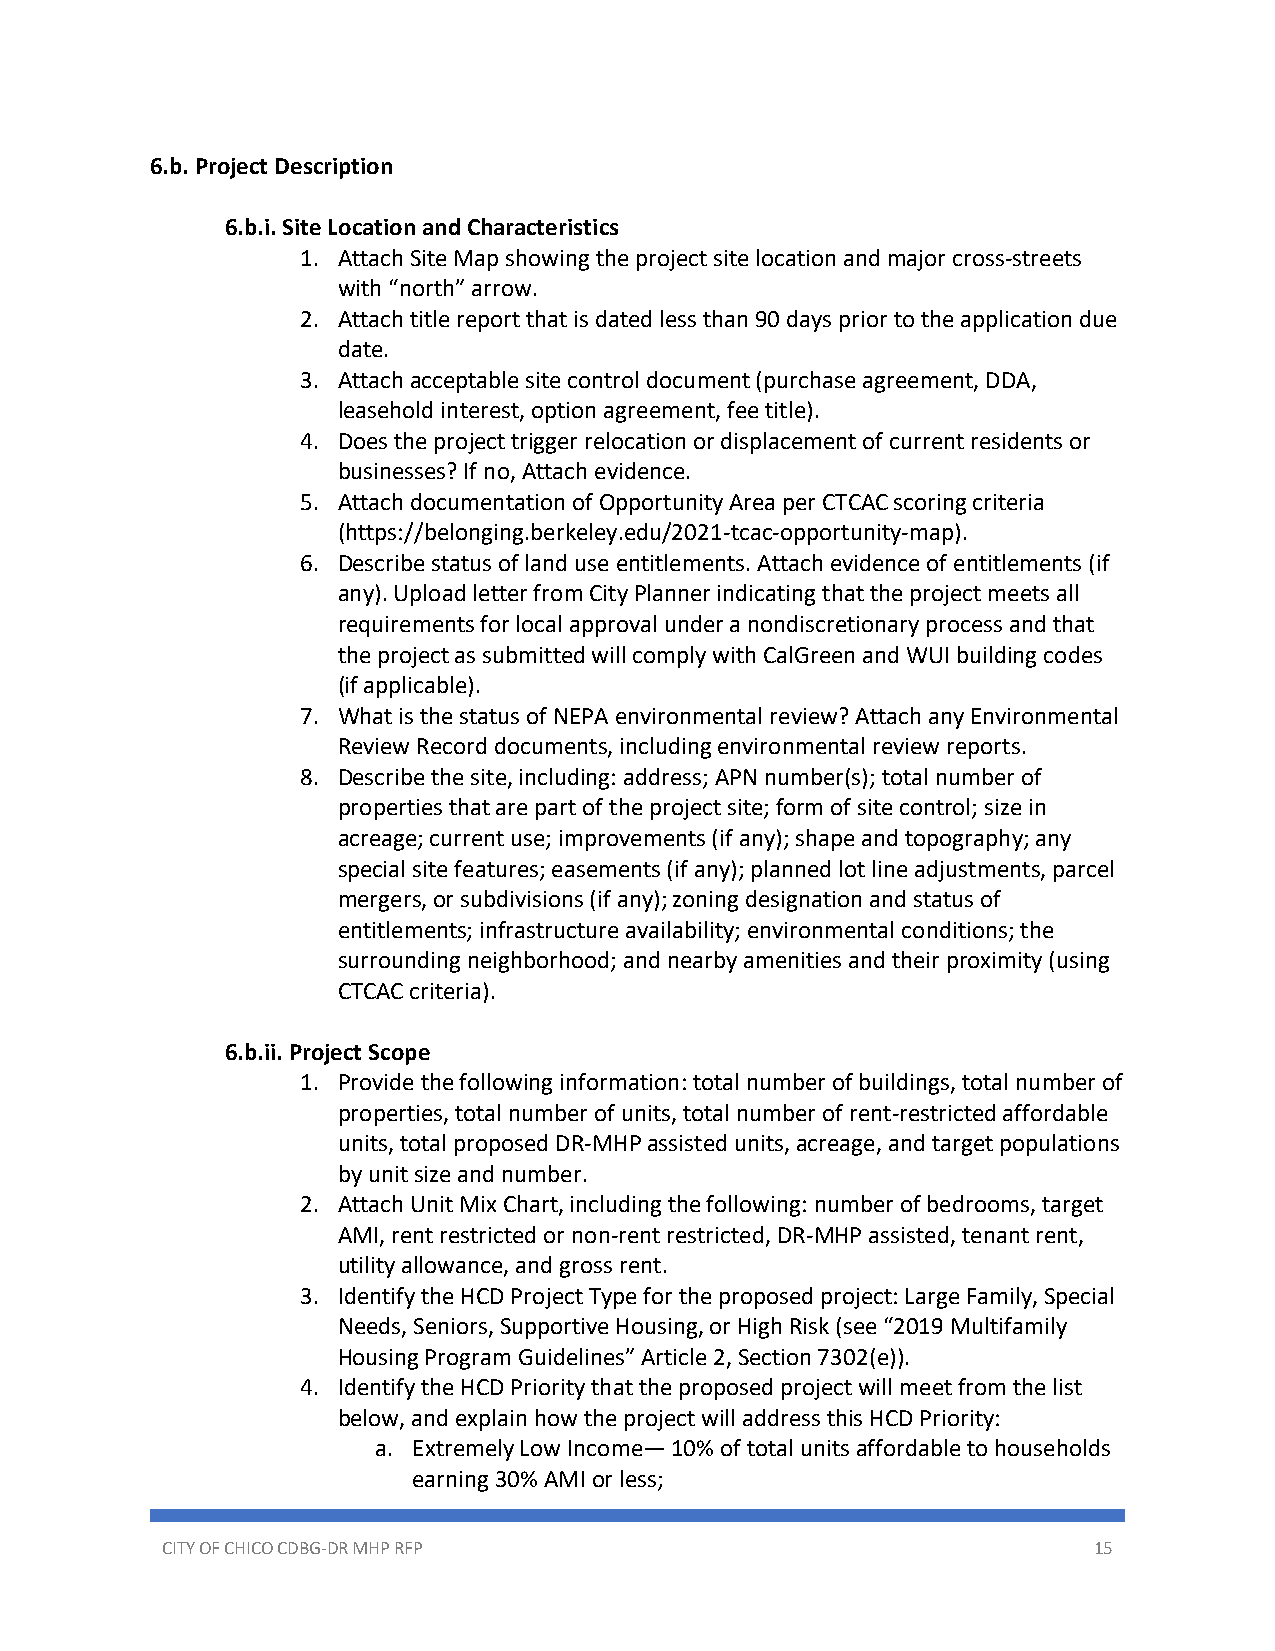
6.b. Project Description
 6.b.i. Site Location and Characteristics
 1. Attach Site Map showing the project site location and major cross-streets
 with “north” arrow.
 2. Attach title report that is dated less than 90 days prior to the application due
 date.
 3. Attach acceptable site control document (purchase agreement, DDA,
 leasehold interest, option agreement, fee title).
 4. Does the project trigger relocation or displacement of current residents or
 businesses? If no, Attach evidence.
 5. Attach documentation of Opportunity Area per CTCAC scoring criteria
 (https://belonging.berkeley.edu/2021-tcac-opportunity-map).
 6. Describe status of land use entitlements. Attach evidence of entitlements (if
 any). Upload letter from City Planner indicating that the project meets all
 requirements for local approval under a nondiscretionary process and that
 the project as submitted will comply with CalGreen and WUI building codes
 (if applicable).
 7. What is the status of NEPA environmental review? Attach any Environmental
 Review Record documents, including environmental review reports.
 8. Describe the site, including: address; APN number(s); total number of
 properties that are part of the project site; form of site control; size in
 acreage; current use; improvements (if any); shape and topography; any
 special site features; easements (if any); planned lot line adjustments, parcel
 mergers, or subdivisions (if any); zoning designation and status of
 entitlements; infrastructure availability; environmental conditions; the
 surrounding neighborhood; and nearby amenities and their proximity (using
 CTCAC criteria).
 6.b.ii. Project Scope
 1. Provide the following information: total number of buildings, total number of
 properties, total number of units, total number of rent-restricted affordable
 units, total proposed DR-MHP assisted units, acreage, and target populations
 by unit size and number.
 2. Attach Unit Mix Chart, including the following: number of bedrooms, target
 AMI, rent restricted or non-rent restricted, DR-MHP assisted, tenant rent,
 utility allowance, and gross rent.
 3. Identify the HCD Project Type for the proposed project: Large Family, Special
 Needs, Seniors, Supportive Housing, or High Risk (see “2019 Multifamily
 Housing Program Guidelines” Article 2, Section 7302(e)).
 4. Identify the HCD Priority that the proposed project will meet from the list
 below, and explain how the project will address this HCD Priority:
 a. Extremely Low Income— 10% of total units affordable to households
 earning 30% AMI or less;
 CITY OF CHICO CDBG-DR MHP RFP                                15